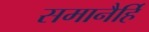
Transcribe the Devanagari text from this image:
समानैर्हि